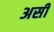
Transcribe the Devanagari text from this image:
असीं